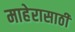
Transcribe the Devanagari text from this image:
माहेरासाठी